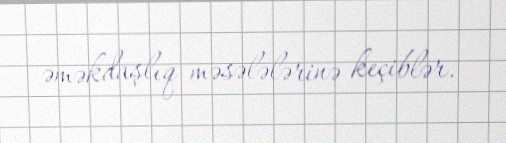
əməkdaşlıq məsələlərinə keçiblər.